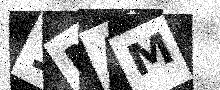
Text: 1MAM